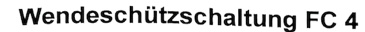
Text: Wendeschützschaltung FC 4